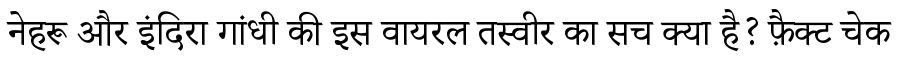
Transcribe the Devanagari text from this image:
नेहरू और इंदिरा गांधी की इस वायरल तस्वीर का सच क्या है? फ़ैक्ट चेक